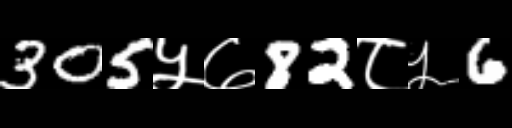
Text: 305५७82८५6